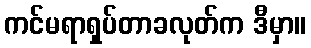
ကင်မရာရှပ်တာခလုတ်က ဒီမှာ။